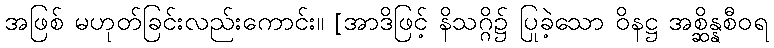
အဖြစ် မဟုတ်ခြင်းလည်းကောင်း။ [အာဒိဖြင့် နိသဂ္ဂိ၌ ပြုခဲ့သော ဝိနဋ္ဌ အစ္ဆိန္နစီဝရ